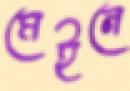
মেইনে